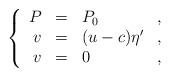
LaTeX: \begin{align*}\left\{\begin{array}{rllll} P&=&{P}_0&,\\ v&=&( u-c) \eta'&,\\ v&=&0 &,\end{array}\right.\end{align*}